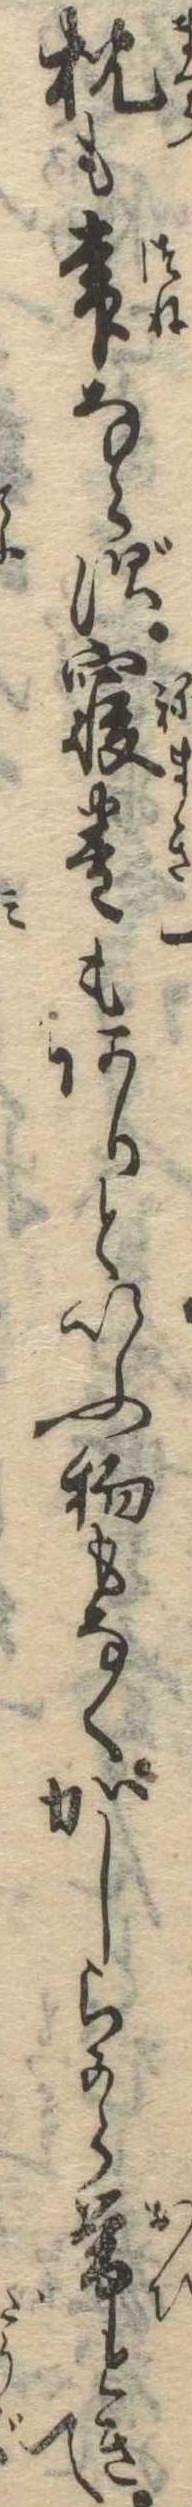
枕も常ならず寝巻もありといふ物もなくかしらから帯ときて